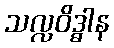
သလ္လဝိဒ္ဓါန